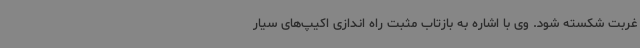
غربت شکسته شود. وی با اشاره به بازتاب مثبت راه اندازی اکیپ‌های سیار